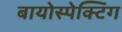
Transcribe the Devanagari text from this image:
बायोस्पेक्‍टिंग